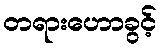
တရားဟောခွင့်